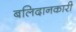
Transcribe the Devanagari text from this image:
बलिदानकारी